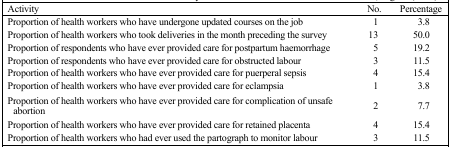
<table><thead><tr><td><b>Activity</b></td><td><b>No.</b></td><td><b>Percentage</b></td></tr></thead><tbody><tr><td>Proportion of health workers who have undergone updated courses on the job</td><td>1</td><td>3.8</td></tr><tr><td>Proportion of health workers who took deliveries in the month preceding the survey</td><td>13</td><td>50.0</td></tr><tr><td>Proportion of respondents who have ever provided care for postpartum haemorrhage</td><td>5</td><td>19.2</td></tr><tr><td>Proportion of respondents who have ever provided care for obstructed labour</td><td>3</td><td>11.5</td></tr><tr><td>Proportion of health workers who have ever provided care for puerperal sepsis</td><td>4</td><td>15.4</td></tr><tr><td>Proportion of health workers who have ever provided care for eclampsia</td><td>1</td><td>3.8</td></tr><tr><td>Proportion of health workers who have ever provided care for complication of unsafe abortion</td><td>2</td><td>7.7</td></tr><tr><td>Proportion of health workers who have ever provided care for retained placenta</td><td>4</td><td>15.4</td></tr><tr><td>Proportion of health workers who had ever used the partograph to monitor labour</td><td>3</td><td>11.5</td></tr></tbody></table>